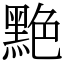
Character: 䵥